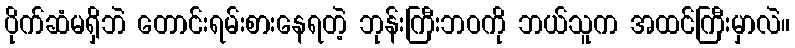
ပိုက်ဆံမရှိဘဲ တောင်းရမ်းစားနေရတဲ့ ဘုန်းကြီးဘဝကို ဘယ်သူက အထင်ကြီးမှာလဲ။